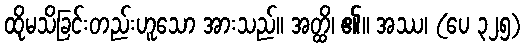
ထိုမသိခြင်းတည်းဟူသော အားသည်။ အတ္ထိ၊ ၏။ အဿ၊ (ပေ ၃၂၅)